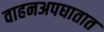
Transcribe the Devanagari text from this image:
वाहनअपघातात